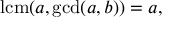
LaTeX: \operatorname { l c m } ( a , \operatorname* { g c d } ( a , b ) ) = a ,